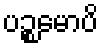
ပဉ္စမောပိ